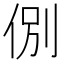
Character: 𬾋